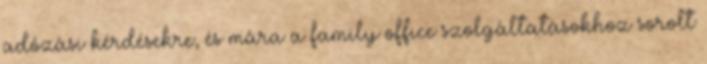
adózási kérdésekre, és mára a family office szolgáltatásokhoz sorolt